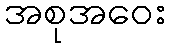
အစုအဝေး